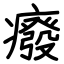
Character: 癈